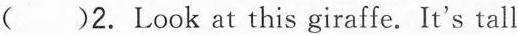
B. ( )2.Look at this giraffe.It's tall